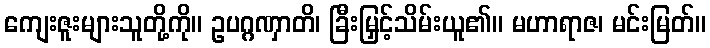
ကျေးဇူးများသူတို့ကို။ ဥပဂ္ဂဏှာတိ၊ ခြီးမြှင့်သိမ်းယူ၏။ မဟာရာဇ၊ မင်းမြတ်။